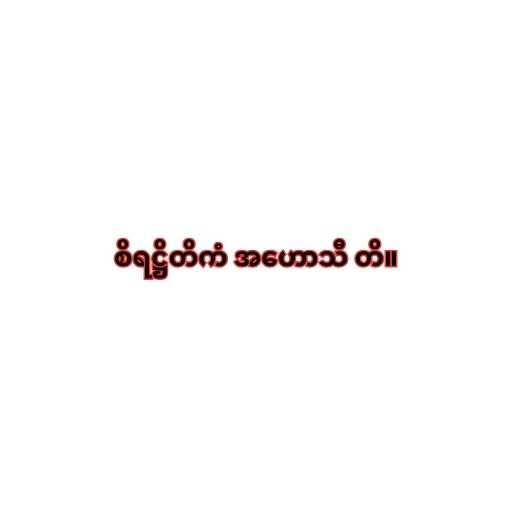
စိရဋ္ဌိတိကံ အဟောသီ တိ။